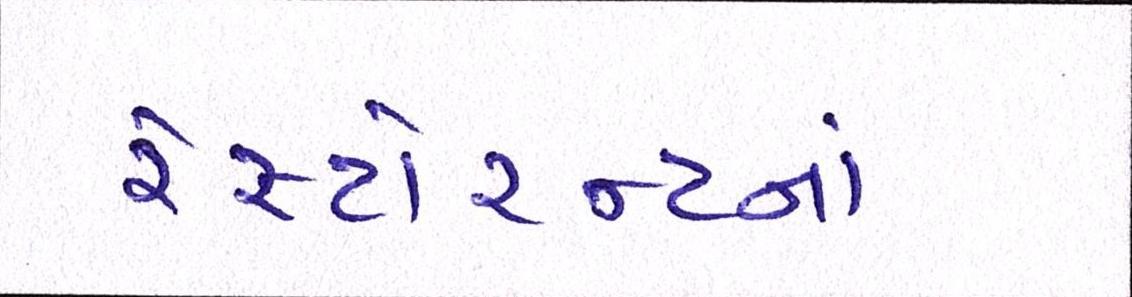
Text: રેસ્ટોરન્ટનાં